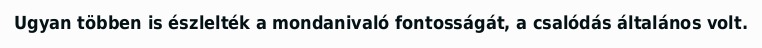
Ugyan többen is észlelték a mondanivaló fontosságát, a csalódás általános volt.